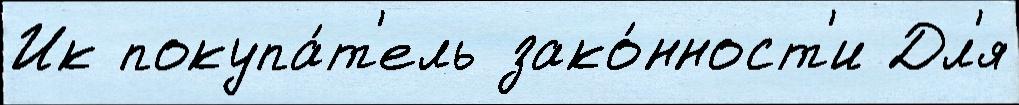
Ик покупа́т'ель зако́нност'и Дл'я